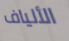
الألياف